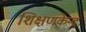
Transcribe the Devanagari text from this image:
शिक्षणकेन्द्र